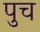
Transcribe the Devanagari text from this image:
पुच